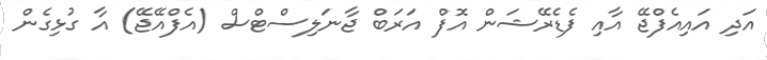
އަދި އައިއެފްޖޭ އާއި ފެޑެރޭޝަން އޮފް އަރަބް ޖާނަލިސްޓްސް (އެފްއޭޖޭ) އާ ގުޅިގެން